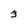
Character: 3